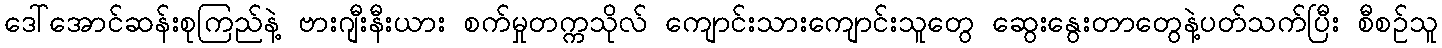
ဒေါ်အောင်ဆန်းစုကြည်နဲ့ ဗားဂျီးနီးယား စက်မှုတက္ကသိုလ် ကျောင်းသားကျောင်းသူတွေ ဆွေးနွေးတာတွေနဲ့ပတ်သက်ပြီး စီစဉ်သူ